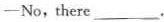
- No, there ___.